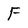
Character: F